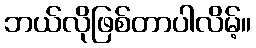
ဘယ်လိုဖြစ်တာပါလိမ့်။